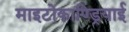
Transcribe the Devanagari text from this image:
माइटोकाण्ड्रियाई